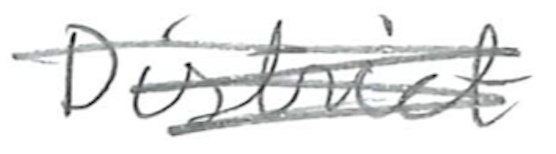
Text: District
Cross-out: scratch
Writing tool: pencil